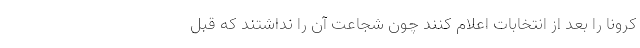
کرونا را بعد از انتخابات اعلام کنند چون شجاعت آن را نداشتند که قبل